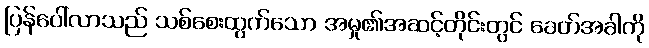
ပြန်ပေါ်လာသည် သစ်စေးထွက်သော အမှု၏အဆင့်တိုင်းတွင် ခေတ်အခါကို